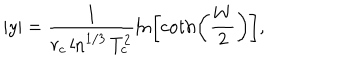
| y | = \frac { 1 } { r _ { c } \ln ^ { 1 / 3 } T _ { c } ^ { 2 } } \ln \left[ \coth \left( \frac { W } { 2 } \right) \right] ,